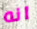
انه